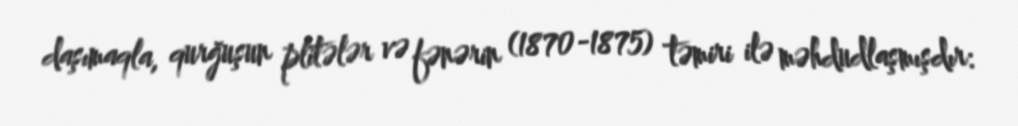
daşımaqla, qurğuşun plitələr və fənərin (1870-1875) təmiri ilə məhdudlaşmışdır: